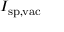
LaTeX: I _ { \mathrm { s p , v a c } }